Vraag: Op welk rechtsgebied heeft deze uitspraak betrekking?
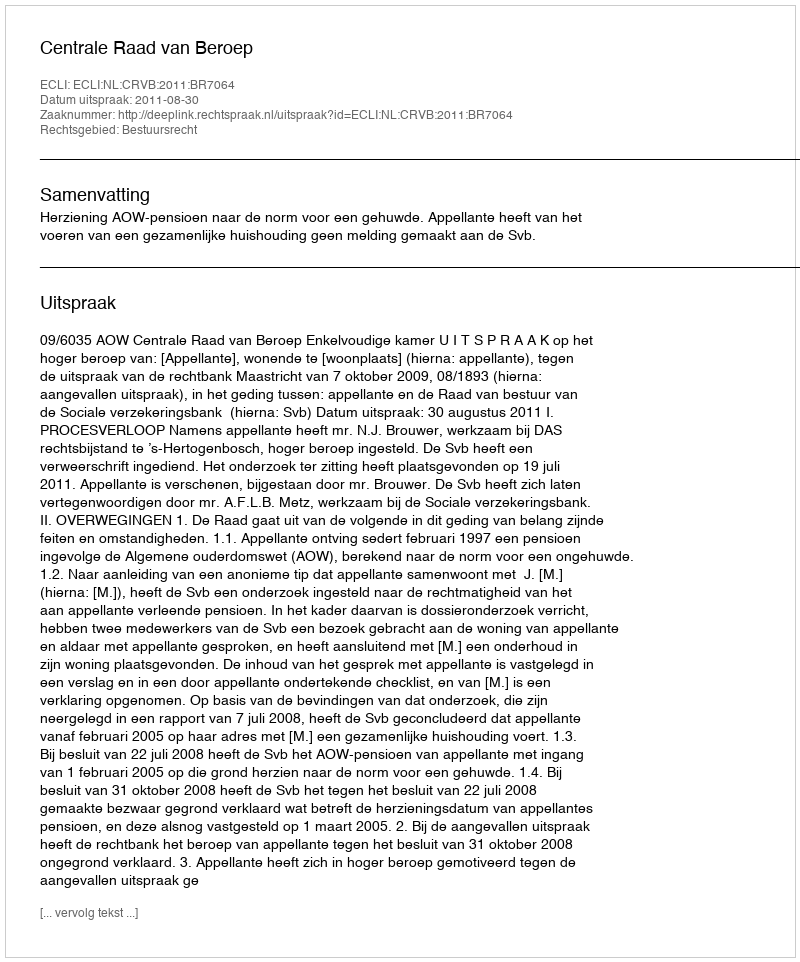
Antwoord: Bestuursrecht